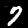
Label: 7